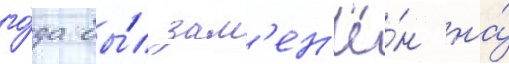
го́да бы́л зам'ен'ё́н на́